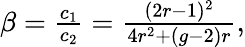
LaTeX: \begin{array}{r}{\beta=\frac{c_{1}}{c_{2}}=\frac{(2r-1)^{2}}{4r^{2}+(g-2)r},}\end{array}